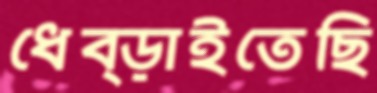
ধেব্‌ড়াইতেছি